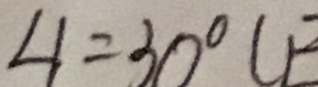
\angle 1 = 3 0 ^ { \circ } (